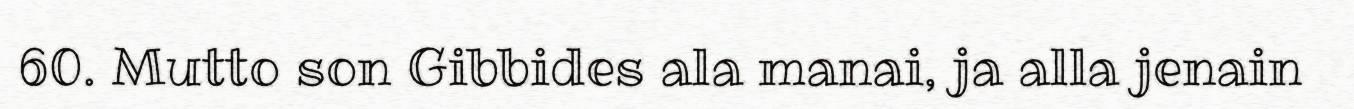
60. Mutto son Gibbides ala manai, ja alla jenain